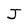
Character: J